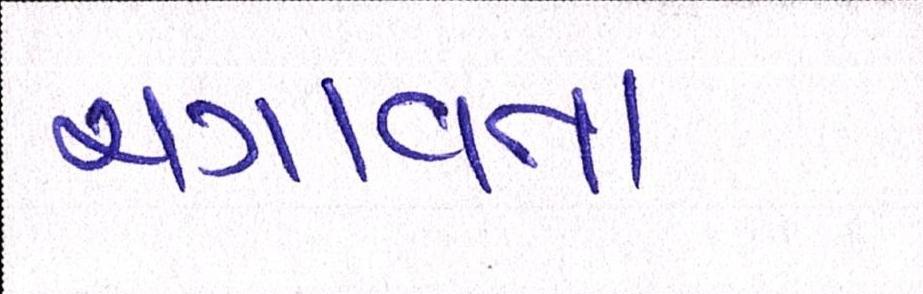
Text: ચગાવતા